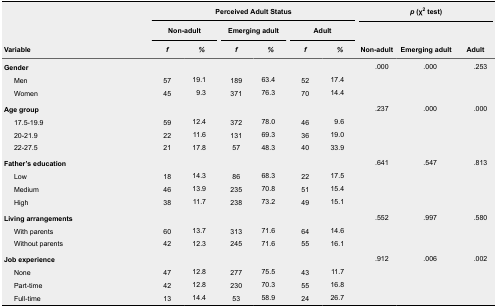
| <ROWSPAN=3> Variable | <COLSPAN=6> Perceived Adult Status | <COLSPAN=3> p (χ2 test) |
 | <COLSPAN=2> Non-adult | <COLSPAN=2> Emerging adult | <COLSPAN=2> Adult | <ROWSPAN=2> Non-adult | <ROWSPAN=2> Emerging adult | <ROWSPAN=2> Adult |
 | f | % | f | % | f | % |
 | --- | --- | --- | --- | --- | --- | --- | --- | --- | --- |
 | Gender |  |  |  |  |  |  | .000 | .000 | .253 |
 | Men | 57 | 19.1 | 189 | 63.4 | 52 | 17.4 |  |  |  |
 | Women | 45 | 9.3 | 371 | 76.3 | 70 | 14.4 |  |  |  |
 | Age group |  |  |  |  |  |  | .237 | .000 | .000 |
 | 17.5-19.9 | 59 | 12.4 | 372 | 78.0 | 46 | 9.6 |  |  |  |
 | 20-21.9 | 22 | 11.6 | 131 | 69.3 | 36 | 19.0 |  |  |  |
 | 22-27.5 | 21 | 17.8 | 57 | 48.3 | 40 | 33.9 |  |  |  |
 | Father’s education |  |  |  |  |  |  | .641 | .547 | .813 |
 | Low | 18 | 14.3 | 86 | 68.3 | 22 | 17.5 |  |  |  |
 | Medium | 46 | 13.9 | 235 | 70.8 | 51 | 15.4 |  |  |  |
 | High | 38 | 11.7 | 238 | 73.2 | 49 | 15.1 |  |  |  |
 | Living arrangements |  |  |  |  |  |  | .552 | .997 | .580 |
 | With parents | 60 | 13.7 | 313 | 71.6 | 64 | 14.6 |  |  |  |
 | Without parents | 42 | 12.3 | 245 | 71.6 | 55 | 16.1 |  |  |  |
 | Job experience |  |  |  |  |  |  | .912 | .006 | .002 |
 | None | 47 | 12.8 | 277 | 75.5 | 43 | 11.7 |  |  |  |
 | Part-time | 42 | 12.8 | 230 | 70.3 | 55 | 16.8 |  |  |  |
 | Full-time | 13 | 14.4 | 53 | 58.9 | 24 | 26.7 |  |  |  |